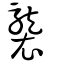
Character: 襲